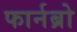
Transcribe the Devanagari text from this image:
फार्नब्रो